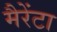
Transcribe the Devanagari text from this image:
मैरेंटा